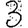
Digit: 3